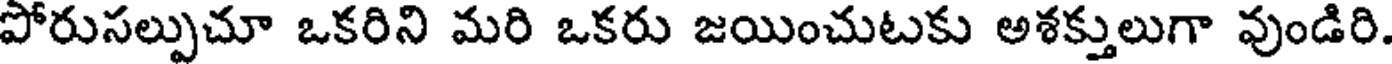
పోరుసల్పుచూ ఒకరిని మరి ఒకరు జయించుటకు అశక్తులుగా వుండిరి